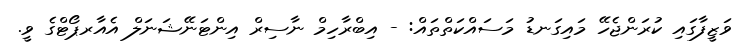
ވަޒީފާގައި ކުރަންޖެހޭ މައިގަނޑު މަސައްކަތްތައް: - އިބްރާހިމް ނާސިރް އިންޓަނޭޝަނަލް އެއާރޕޯޓްގެ ވީ.